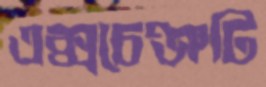
এক্সচেঞ্জটি